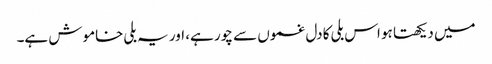
میں دیکھتا ہو اس بلی کا دل غموں سے چور ہے، اور یہ بلی خاموش ہے۔